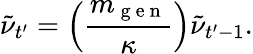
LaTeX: \tilde{\nu}_{t^{\prime}}=\left(\frac{m_{\mathrm{~g~e~n~}}}{\kappa}\right)\tilde{\nu}_{t^{\prime}-1}.